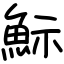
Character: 䱈